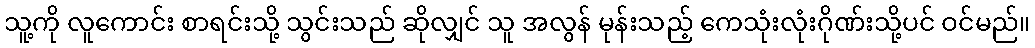
သူ့ကို လူကောင်း စာရင်းသို့ သွင်းသည် ဆိုလျှင် သူ အလွန် မုန်းသည့် ကေသုံးလုံးဂိုဏ်းသို့ပင် ဝင်မည်။